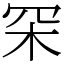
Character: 罙